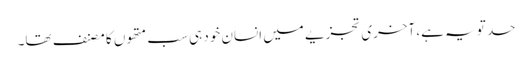
حد تو یہ ہے، آخری تجزیے میں انسان خود ہی سب متھوں کا مصنف تھا۔